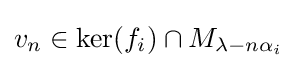
v_{n}\in \ker(f_{i})\cap M_{\lambda -n\alpha _{i}}